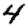
Digit: 4